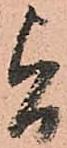
旨